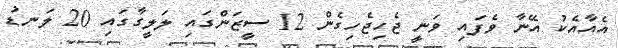
އެއާއެކު އޭނާ ވެފައި ވަނީ ޖެހިޖެހިގެން 12 ސީޒަންގައި ލަލީގާގައި 20 ލަނޑު